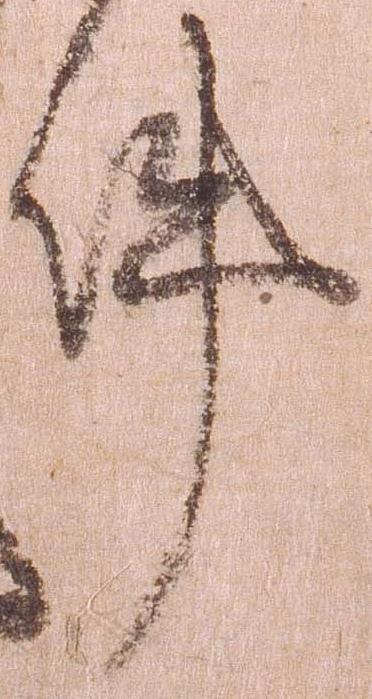
件